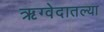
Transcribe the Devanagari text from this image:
ऋग्वेदातल्या